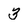
Character: 3